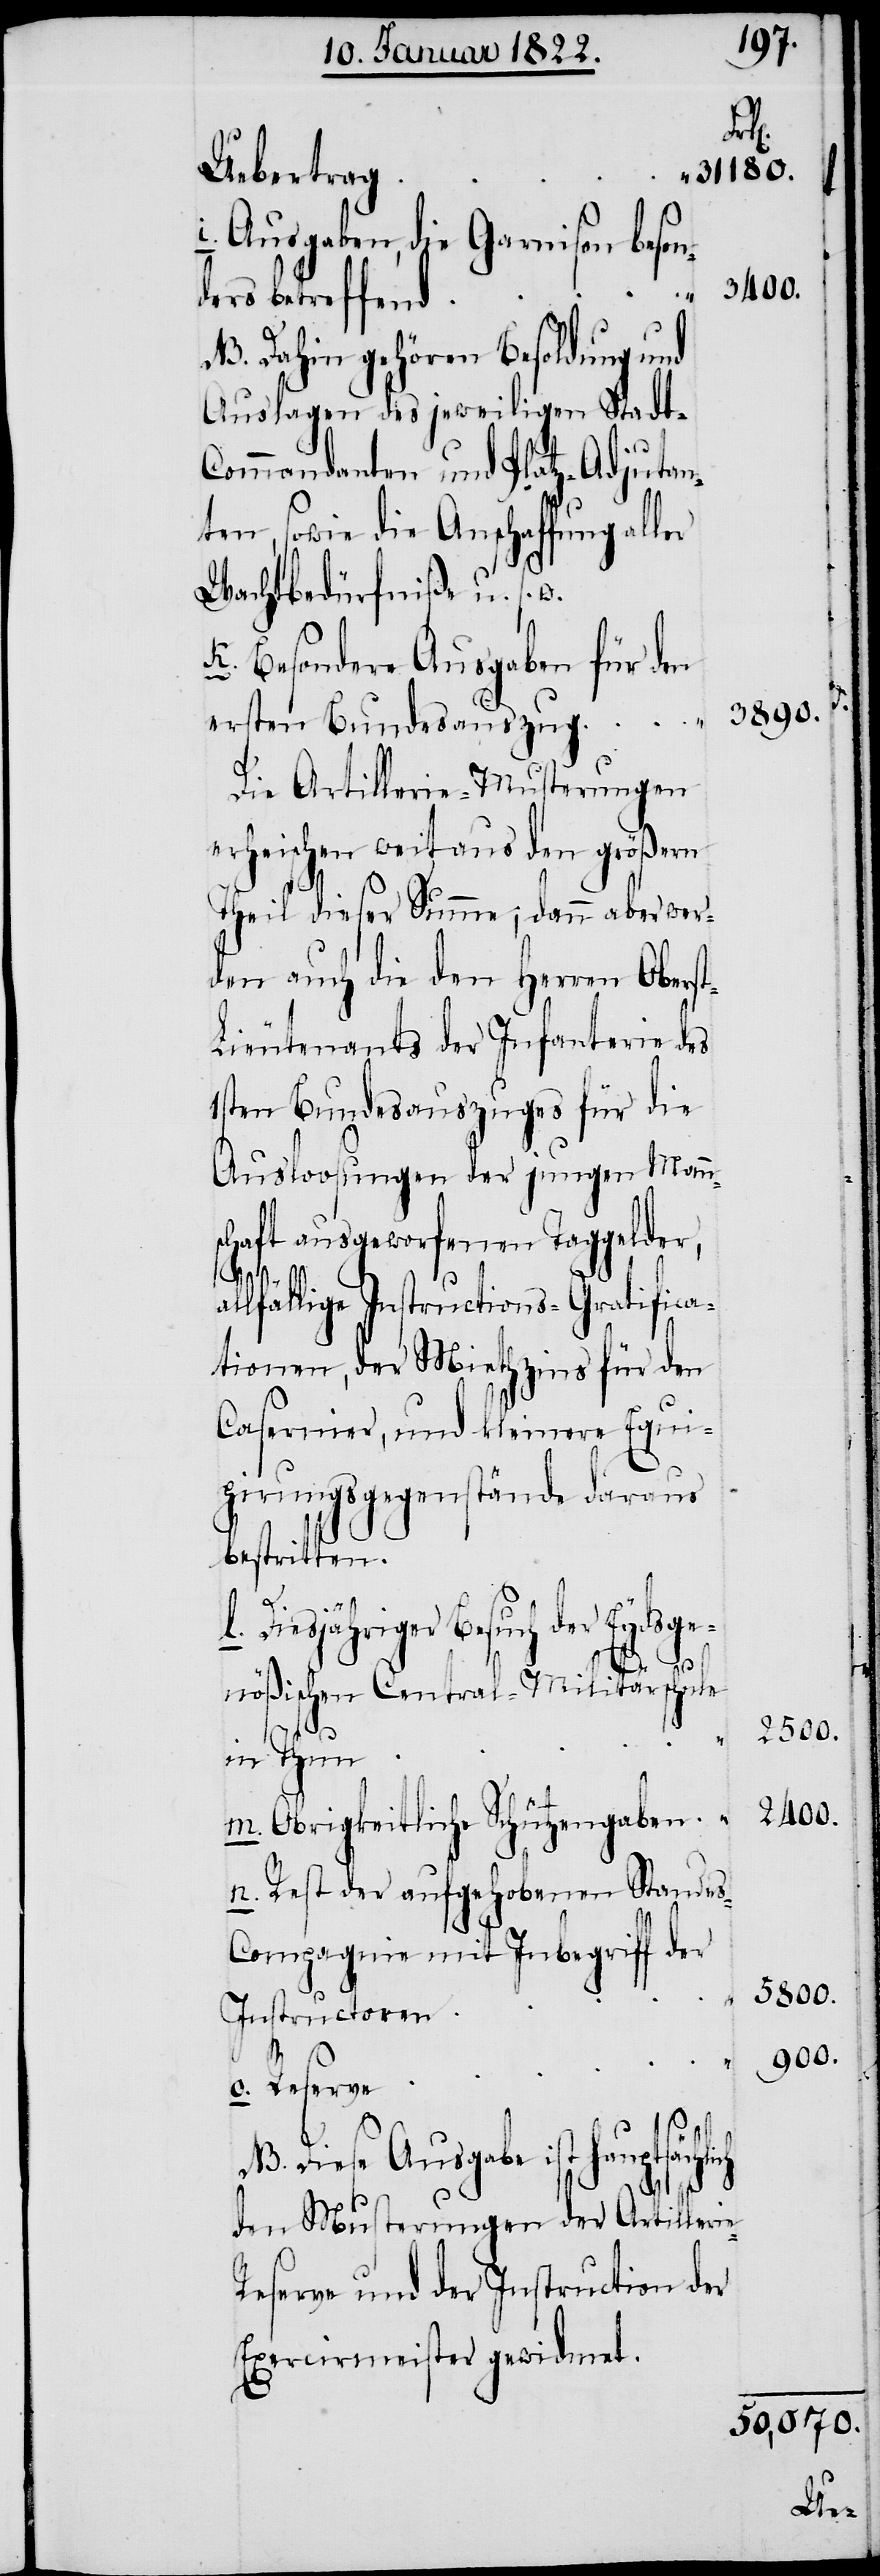
31180.
Uebertrag
i. Ausgaben, die Garnison beson¬
2400.
ders betreffend
NB. Dahin gehören Besoldung und
Auslagen des jeweiligen Stadt-C¬
ommandanten und Platz-Adjutan¬
ten, sowie die Anschaffung al¬
Wachtbedürfniße u. s.
k. Besondere Ausgaben für den
3890.
ersten Bundesauszug
Die Artillerie-Musterungen
erheischen weitaus den größern
Theil dieser Summe; dann aber wer¬
den auch die den Herren Obers¬
ieutenants der Infanterie des
1sten Bundesauszuges für die
Ausloosungen der jungen Man¬
schaft ausgeworfenen Taggelder,
allfällige Instructions-Gratifica¬
tionen, der Miethzins für den
Casernier, und kleinere Equi¬
pirungsgegenstände daraus
bestritten.
t-L¬
l. Diesjähriger Besuch der Eydsge¬
nößischen Central-Militärschule
in Thun
m. Obrigkeitliche Schützengraben
n. Rest der aufgehobenen Stande¬
s-Compagnie mit Inbegriff der
Instructoren
o. Reserve
NB. Diese Ausgabe ist hauptsächl¬
ich
den Musterungen der Artilleri¬
eserve und der Instruction der
Exercirmeister gewidmet.

2500.
5800.
900.
e-R¬